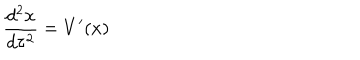
{ \frac { d ^ { 2 } x } { d \tau ^ { 2 } } } = V ^ { \prime } ( x )